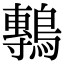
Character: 鷒